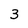
Character: 3